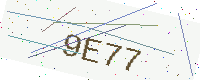
Text: 9E77